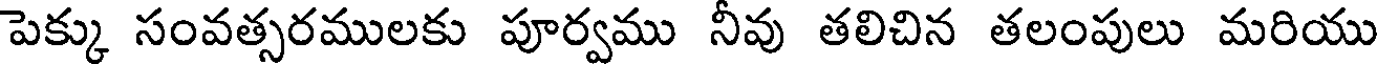
పెక్కు సంవత్సరములకు పూర్వము నీవు తలిచిన తలంపులు మరియు